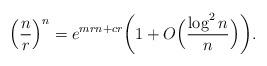
LaTeX: \begin{align*}\Bigl({n\over r}\Bigr)^n=e^{mrn+cr}\biggl(1+O\Bigl({\log^2n\over n}\Bigr)\biggr).\end{align*}